Leprosy in India: report of the Leprosy Commission in India, 1890-91
Year: 1890
Disease focus: Leprosy
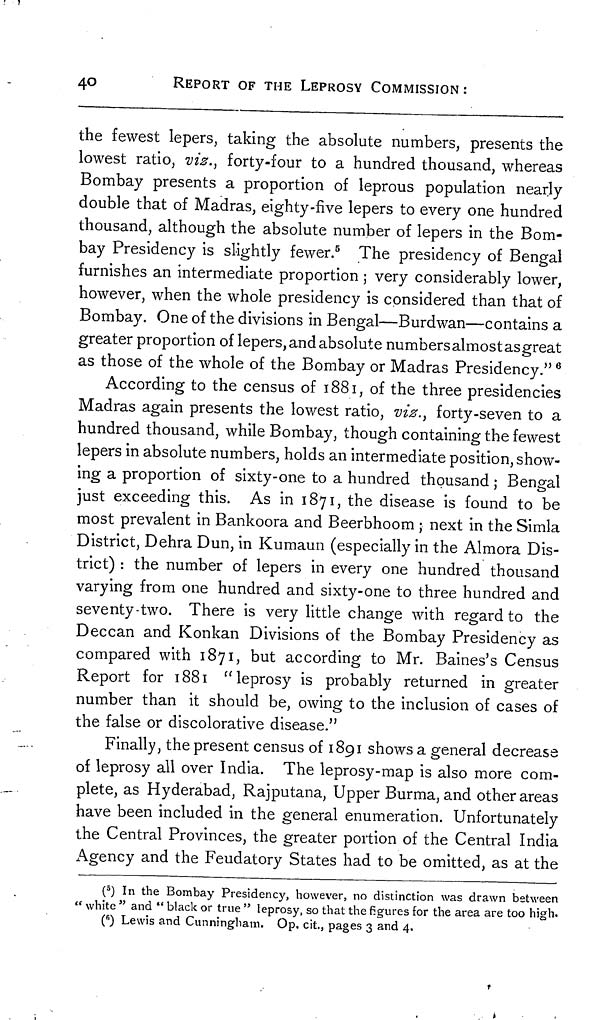
40
REPORT OF THE LEPROSY COMMISSION:
the fewest lepers, taking the absolute numbers, presents the
lowest ratio, vis., forty-four to a hundred thousand, whereas
Bombay presents a proportion of leprous population nearly
double that of Madras, eighty-five lepers to every one hundred
thousand, although the absolute number of lepers in the Bom-
bay Presidency is slightly fewer. 5 The presidency of Bengal
furnishes an intermediate proportion ; very considerably lower,
however, when the whole presidency is considered than that of
Bombay. One of the divisions in Bengal—Burdwan—contains a
greater proportion of lepers, and absolute numbers almost as great
as those of the whole of the Bombay or Madras Presidency." 6
According to the census of 1881, of the three presidencies
Madras again presents the lowest ratio, viz., forty-seven to a
hundred thousand, while Bombay, though containing the fewest
lepers in absolute numbers, holds an intermediate position, show-
ing a proportion of sixty-one to a hundred thousand ; Bengal
just exceeding this. As in 1871, the disease is found to be
most prevalent in Bankoora and Beerbhoom ; next in the Simla
District, Dehra Dun, in Kumaun (especially in the Almora Dis-
trict) : the number of lepers in every one hundred thousand
varying from one hundred and sixty-one to three hundred and
seventy-two. There is very little change with regard to the
Deccan and Konkan Divisions of the Bombay Presidency as
compared with 1871, but according to Mr. Baines's Census
Report for 1881 " leprosy is probably returned in greater
number than it should be, owing to the inclusion of cases of
the false or discolorative disease."
Finally, the present census of 1891 shows a general decrease
of leprosy all over India. The leprosy-map is also more com-
plete, as Hyderabad, Rajputana, Upper Burma, and other areas
have been included in the general enumeration. Unfortunately
the Central Provinces, the greater portion of the Central India
Agency and the Feudatory States had to be omitted, as at the
( 5 ) In the Bombay Presidency, however, no distinction was drawn between
" white " and " black or true " leprosy, so that the figures for the area are too high.
( fi ) Lewis and Cunningham. Op. cit., pages 3 and 4.